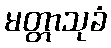
မတ္တာသုခံ